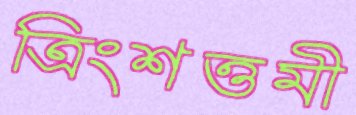
ত্রিংশত্তমী